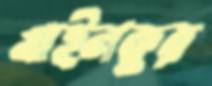
খাইলকুর